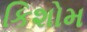
કિશોમ